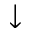
\downarrow